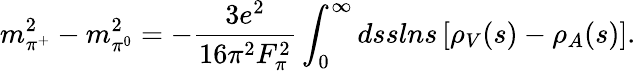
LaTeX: m_{\pi^{+}}^{2}-m_{\pi^{0}}^{2}=-{\frac{3e^{2}}{16\pi^{2}F_{\pi}^{2}}}\int_{0}^{\infty}dsslns\left[\rho_{V}(s)-\rho_{A}(s)\right].